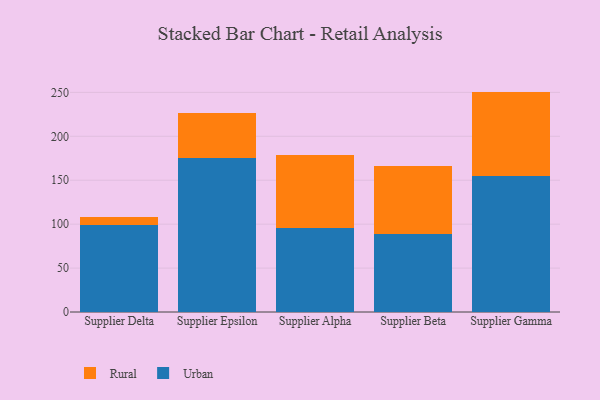
{"axis": {"x": "Supplier", "y": "Population (Million)"}, "legend": ["Rural", "Urban"], "data": [{"x": "Supplier Delta", "y": 98.6, "type": "Urban"}, {"x": "Supplier Delta", "y": 9.7, "type": "Rural"}, {"x": "Supplier Epsilon", "y": 174.9, "type": "Urban"}, {"x": "Supplier Epsilon", "y": 52.1, "type": "Rural"}, {"x": "Supplier Alpha", "y": 95.3, "type": "Urban"}, {"x": "Supplier Alpha", "y": 83.9, "type": "Rural"}, {"x": "Supplier Beta", "y": 89.1, "type": "Urban"}, {"x": "Supplier Beta", "y": 77.0, "type": "Rural"}, {"x": "Supplier Gamma", "y": 154.3, "type": "Urban"}, {"x": "Supplier Gamma", "y": 96.6, "type": "Rural"}]}